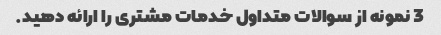
3 نمونه از سوالات متداول خدمات مشتری را ارائه دهید.